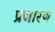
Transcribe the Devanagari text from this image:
प्रजारण